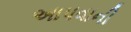
અાપવાની